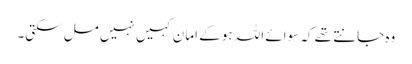
وہ جانتے تھے کہ سوائے اللہ ہو کے امان کہیں نہیں مل سکتی۔